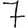
Digit: 7